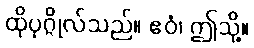
ထိုပုဂ္ဂိုလ်သည်။ ဧဝံ၊ ဤသို့။